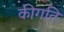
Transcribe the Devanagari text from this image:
कीगति